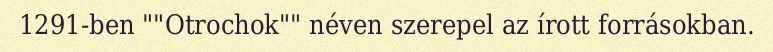
1291-ben ""Otrochok"" néven szerepel az írott forrásokban.